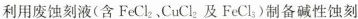
利用废蚀刻液(含FeCl_{2} ，CuCl_{2} 及FeCl_{3} )制备碱性蚀刻